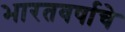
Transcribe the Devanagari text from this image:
भारतवर्षाचे